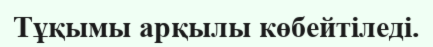
Тұқымы арқылы көбейтіледі.